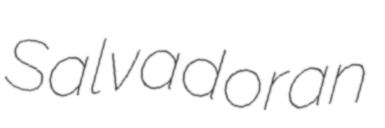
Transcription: Salvadoran